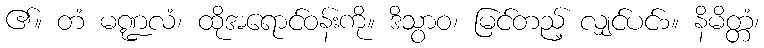
၏။ တံ မဏ္ဍလံ၊ ထိုအရောင်ဝန်းကို။ ဒိသွာဝ၊ မြင်တည့် လျှင်ပင်၁။ နိမိတ္တံ၊